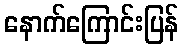
နောက်ကြောင်းပြန်